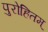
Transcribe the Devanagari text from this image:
पुरोहितम्